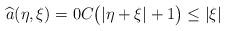
LaTeX: \begin{align*}\widehat{a}(\eta,\xi)=0 C\big(|\eta+\xi|+1 \big)\leq |\xi| \end{align*}